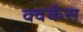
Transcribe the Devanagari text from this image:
क्वर्कस